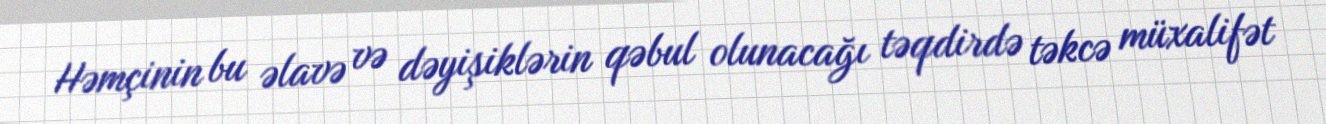
Həmçinin bu əlavə və dəyişiklərin qəbul olunacağı təqdirdə təkcə müxalifət